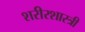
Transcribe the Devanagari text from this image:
शरीरशास्त्री